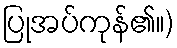
ပြုအပ်ကုန်၏။)